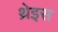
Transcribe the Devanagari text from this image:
थ्रेइस